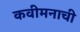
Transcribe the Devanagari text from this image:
कवीमनाची